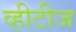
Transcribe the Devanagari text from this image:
व्हीटीज